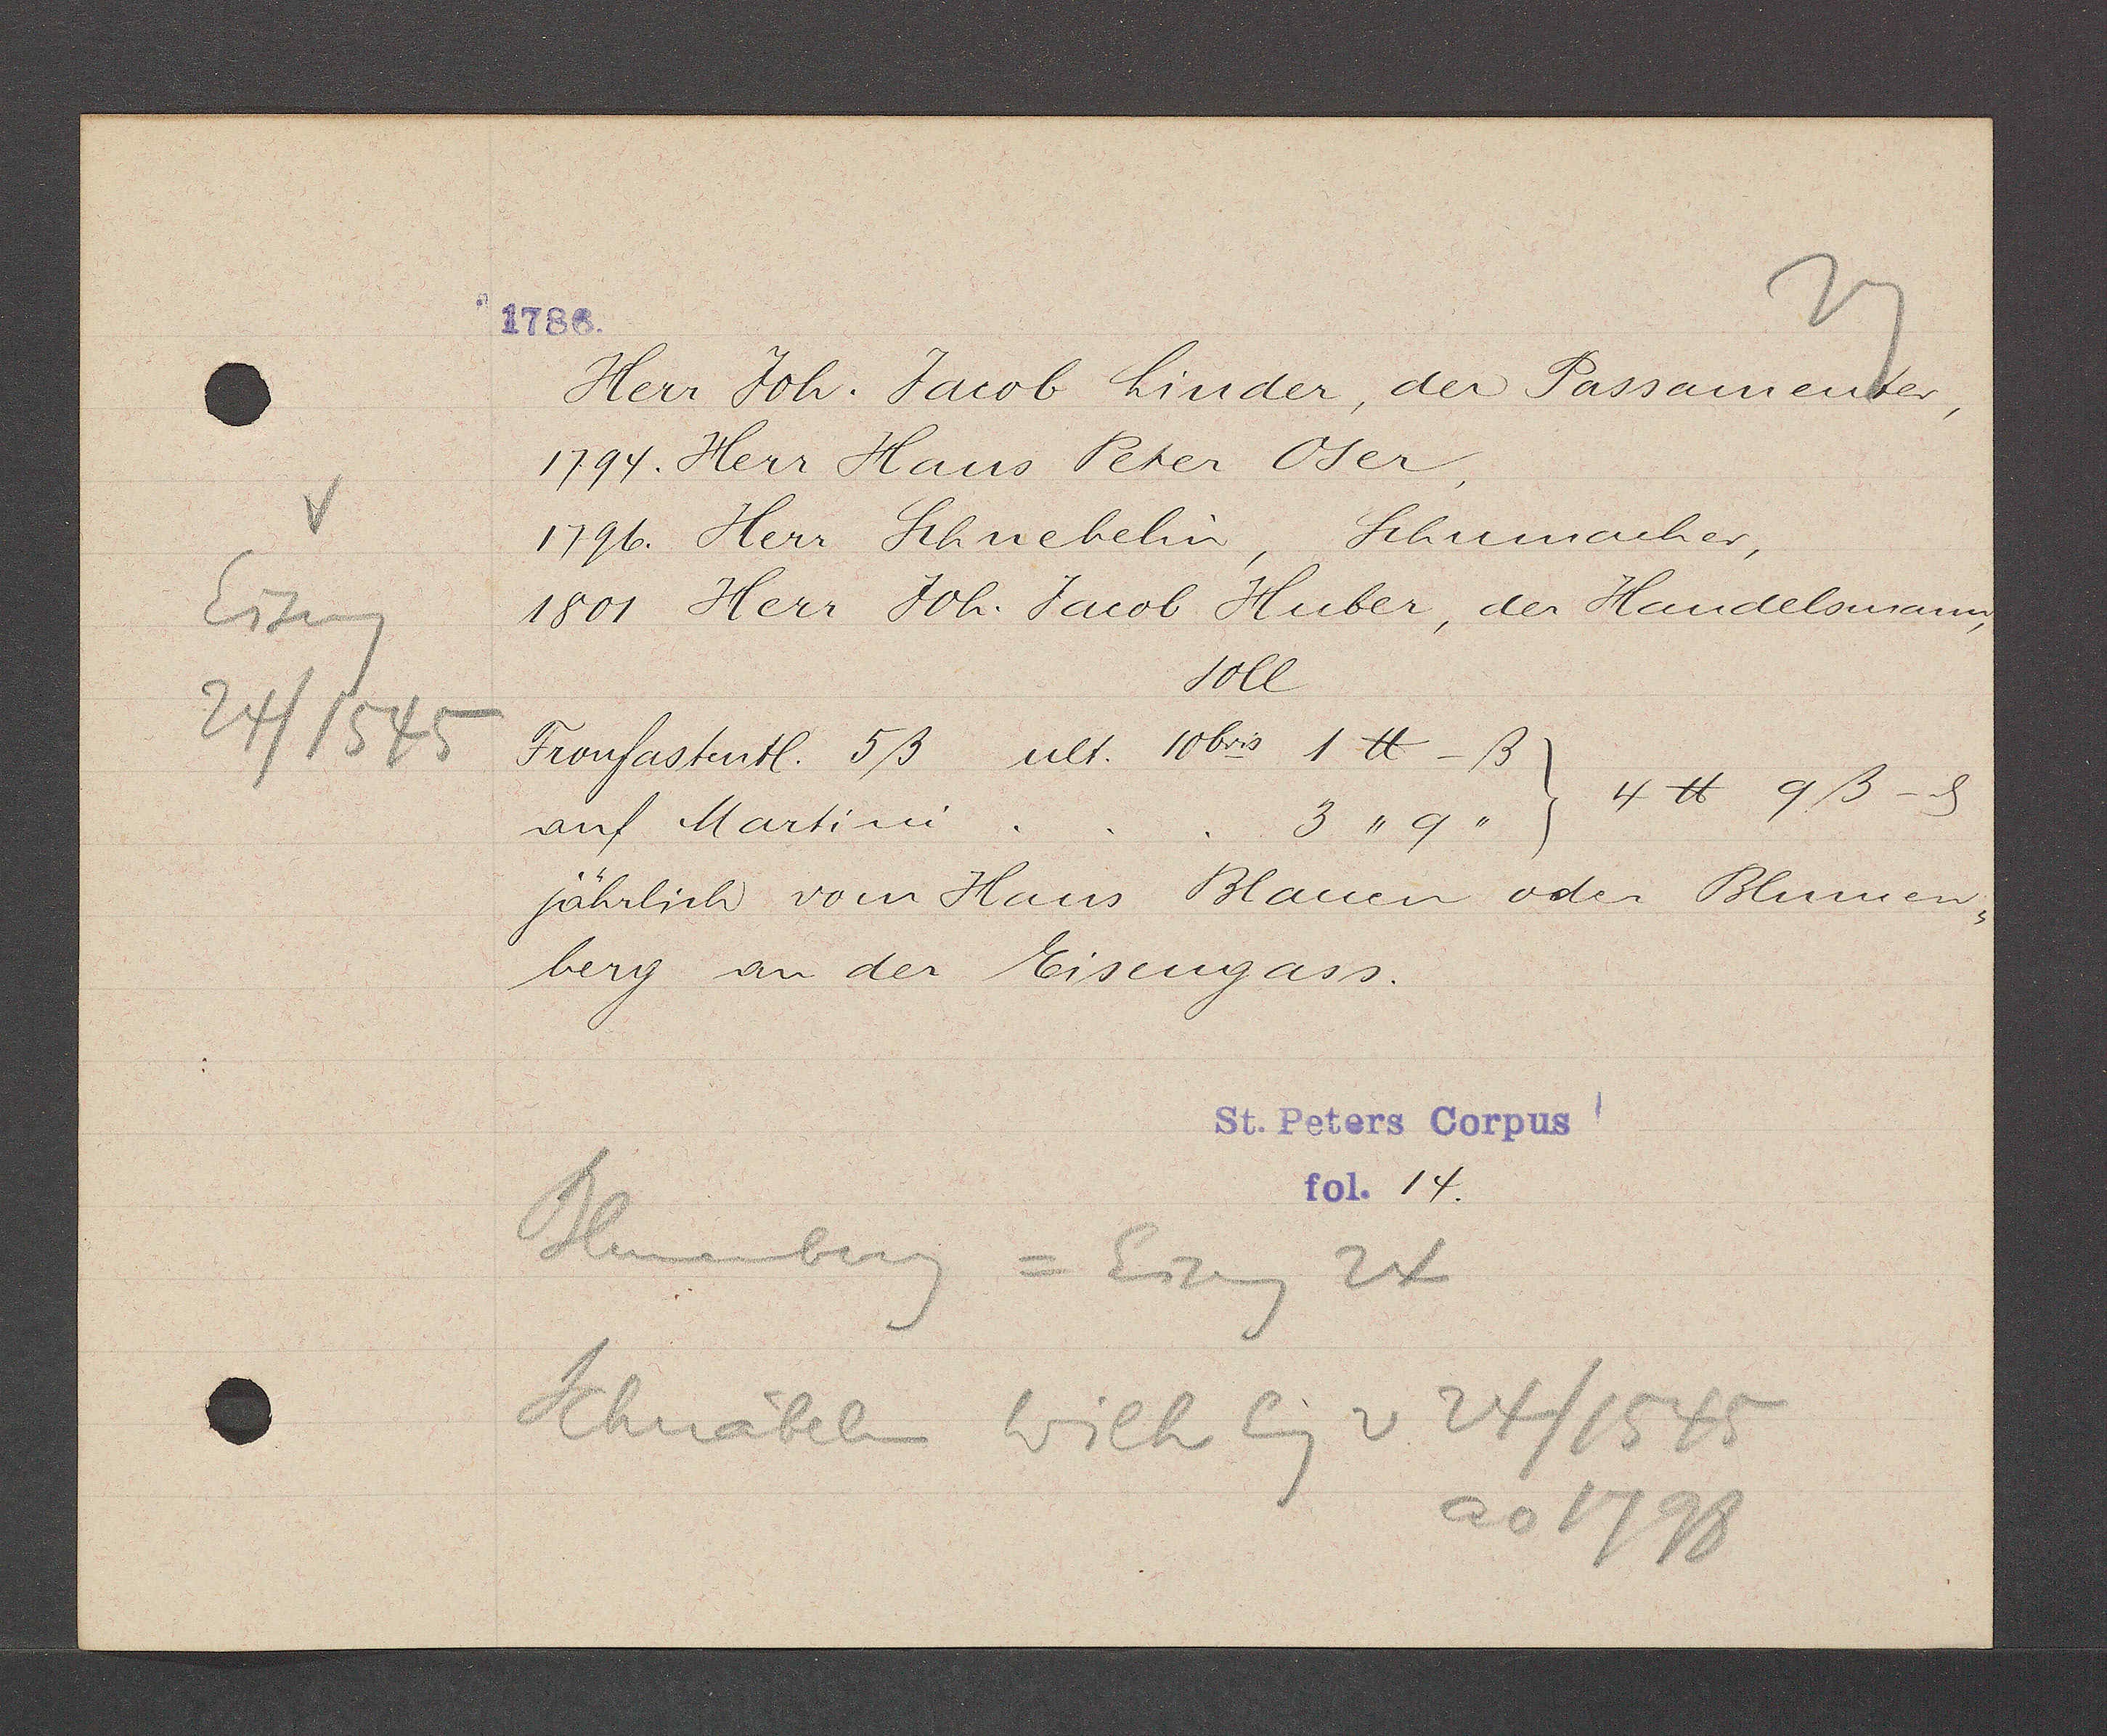
Transcript:
Eiseng
24/1545

Herr Joh. Jacob Linder, des Passamentter,
1794. Herr Hans Peter Oser,
1796. Herr Schnebelin Schumucher,
1801 Herr Joh. Jacob Huber, der Handelsmann
soIl
Fronfastentl. 5ß ult. 10bris 1 ℔-ß
4℔ 9ß-ȡ
auf Martini . . . 3 " 9 "}
jährlich vom Haus Blauen oder Blumen-
berg an der Eisengass.
Blumenberg = Eiseng 24
Schnäbeln wilh Eig. v 24/1545
ao 1798